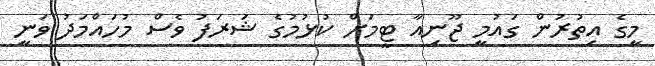
މީގެ އިތުރުން ގައުމީ ޖޫނިއާ ޓީމަށް ކުޅުމުގެ ޝަރަފު ވެސް މުހައްމަދު ވަނީ